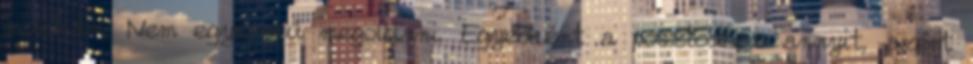
munkám. Nem egyszerű megoldani. Egyébként a posztodhoz annyit, azért